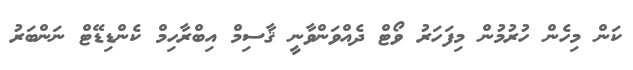
ކަން މިހެން ހުރުމުން މިފަހަރު ވޯޓް ދެއްވަންވާނީ ޤާސިމް އިބްރާހިމް ކެންޑިޑޭޓް ނަންބަރު